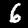
Digit: 6